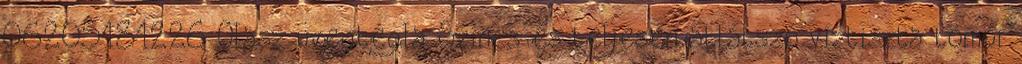
06205181226 Olasz üvegtégla Színes és teljesen átlátszó víztiszta tömör